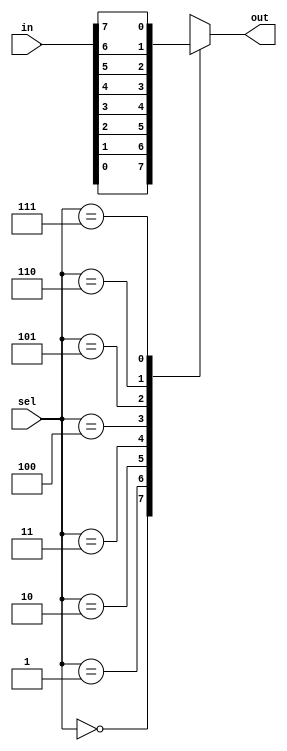
//2*1 MUX (Data flow modelling using conditional operator)
// module mux(a0,a1,sel,out);
// input a1,a0,sel;
// output out;
// assign out=sel?a1:a0;

// endmodule


//2*1 MUX (Behavioral modelling)
// module mux(a0,a1,sel,out);
// input a0,a1,sel;
// output out;
// reg out;
// always @(a0 or a1 or sel) begin
//     if(sel) assign out=a1;
//     else assign out=a0;
// end

// endmodule

//4*1 MUX (Data flow modelling using boolean expression)
// module mux(a0,a1,a2,a3,s0,s1,out);
// input a0,a1,a2,a3;
// input s0,s1;
// output out;

// assign out=(!s1 & !s0 & a0) | (!s1 & s0 & a1)  | (s1 & !s0 & a2) | (s1 & s0 & a3);

// endmodule


//4*1 MUX (Gate level Modelling)
// module mux(a0,a1,a2,a3,s0,s1,out);
// input a0,a1,a2,a3;
// input s0,s1;
// output out;

// wire s1n,s10;

// not(s1n,s1);
// not(s0n,s0);

// wire c,d,e,f;
// and(c,s1n,s0n,a0);
// and(d,s1n,s0,a1);
// and(e,s1,s0n,a2);
// and(f,s1,s0,a3);
// or(out,c,d,e,f);

// endmodule


//4*1 MUX (Using nsted conditional Operators)
// module mux(a0,a1,a2,a3,s0,s1,out);
// input a0,a1,a2,a3;
// input s0,s1;
// output out;

// assign out = s1?(s0?a3:a2):(s0?a1:a0);

// endmodule


// 4*1 MUX (Behavioral Modelling)
// module mux(in,sel,out);
// input [3:0] in;
// input [1:0] sel;
// output out;

// assign out = in[sel];

// endmodule

//8*1 MUX(Behavioral Modelling)

module mux (in,sel,out);
input [7:0] in;
input [2:0] sel;
output out;
reg out;

always @(*) begin
    case (sel)
        3'b000: out=in[0]; 
        3'b001: out=in[1]; 
        3'b010: out=in[2]; 
        3'b011: out=in[3];
        3'b100: out=in[4];
        3'b101: out=in[5];
        3'b110: out=in[6];
        3'b111: out=in[7];
    endcase
end
    
endmodule